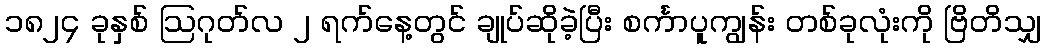
၁၈၂၄ ခုနှစ် ဩဂုတ်လ ၂ ရက်နေ့တွင် ချုပ်ဆိုခဲ့ပြီး စင်္ကာပူကျွန်း တစ်ခုလုံးကို ဗြိတိသျှ